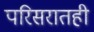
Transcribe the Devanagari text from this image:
परिसरातही